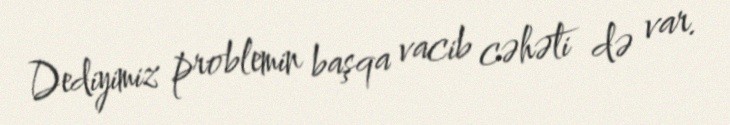
Dediyimiz problemin başqa vacib cəhəti də var.